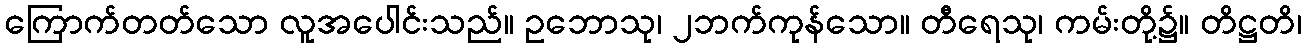
ကြောက်တတ်သော လူအပေါင်းသည်။ ဥဘောသု၊ ၂ဘက်ကုန်သော။ တီရေသု၊ ကမ်းတို့၌။ တိဋ္ဌတိ၊